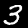
Label: 3